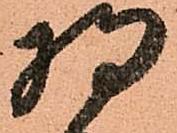
将